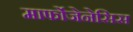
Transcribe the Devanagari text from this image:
मार्फोजेनेसिस